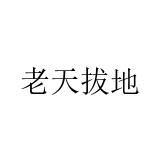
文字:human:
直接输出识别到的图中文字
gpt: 老天拔地